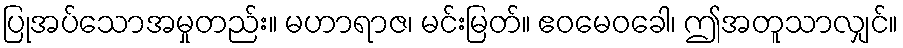
ပြုအပ်သောအမှုတည်း။ မဟာရာဇ၊ မင်းမြတ်။ ဧဝမေဝခေါ၊ ဤအတူသာလျှင်။